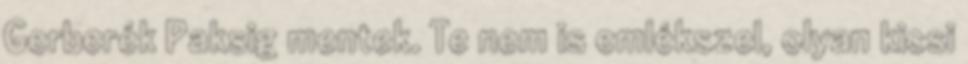
Gerberék Paksig mentek. Te nem is emlékszel, olyan kicsi